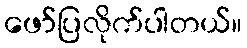
ဖော်ပြလိုက်ပါတယ်။